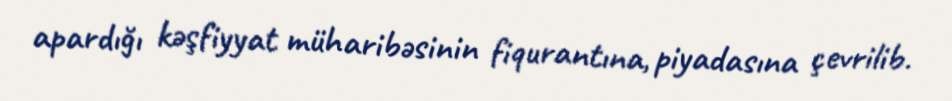
apardığı kəşfiyyat müharibəsinin fiqurantına, piyadasına çevrilib.